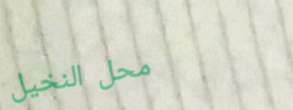
محل النخيل